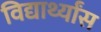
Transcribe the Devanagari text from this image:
विद्यार्थ्यांस